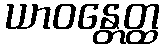
ယာဝန္တေတ္ထ